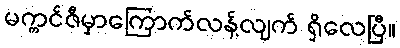
မက္ကင်ဇီမှာကြောက်လန့်လျက် ရှိလေပြီ။